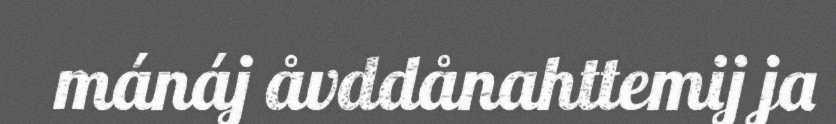
mánáj åvddånahttemij ja